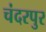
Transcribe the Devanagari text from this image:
चंदरपुर